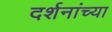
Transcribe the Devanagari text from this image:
दर्शनांच्या